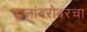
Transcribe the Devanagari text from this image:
राजांबरोबरचा